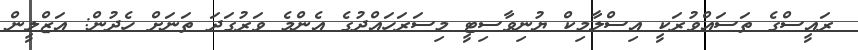
ރައީސްގެ ތަސައްވުރަކީ އިސްލާމިކް ޔުނިވާސިޓީ މިސަރަހަައްދުގެ އެންމެ ވަރުގަދަ ތަނަށް ހެދުން: އަޒްލީން